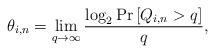
LaTeX: \begin{align*}\setlength{\abovedisplayskip}{4 pt}\theta_{i,n} = \mathop {\lim }\limits_{q \to \infty } \frac{{\log_2 \Pr \left[ {Q_{i,n} > q} \right]}}{q},\end{align*}